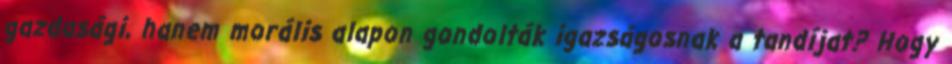
gazdasági, hanem morális alapon gondolták igazságosnak a tandíjat? Hogy